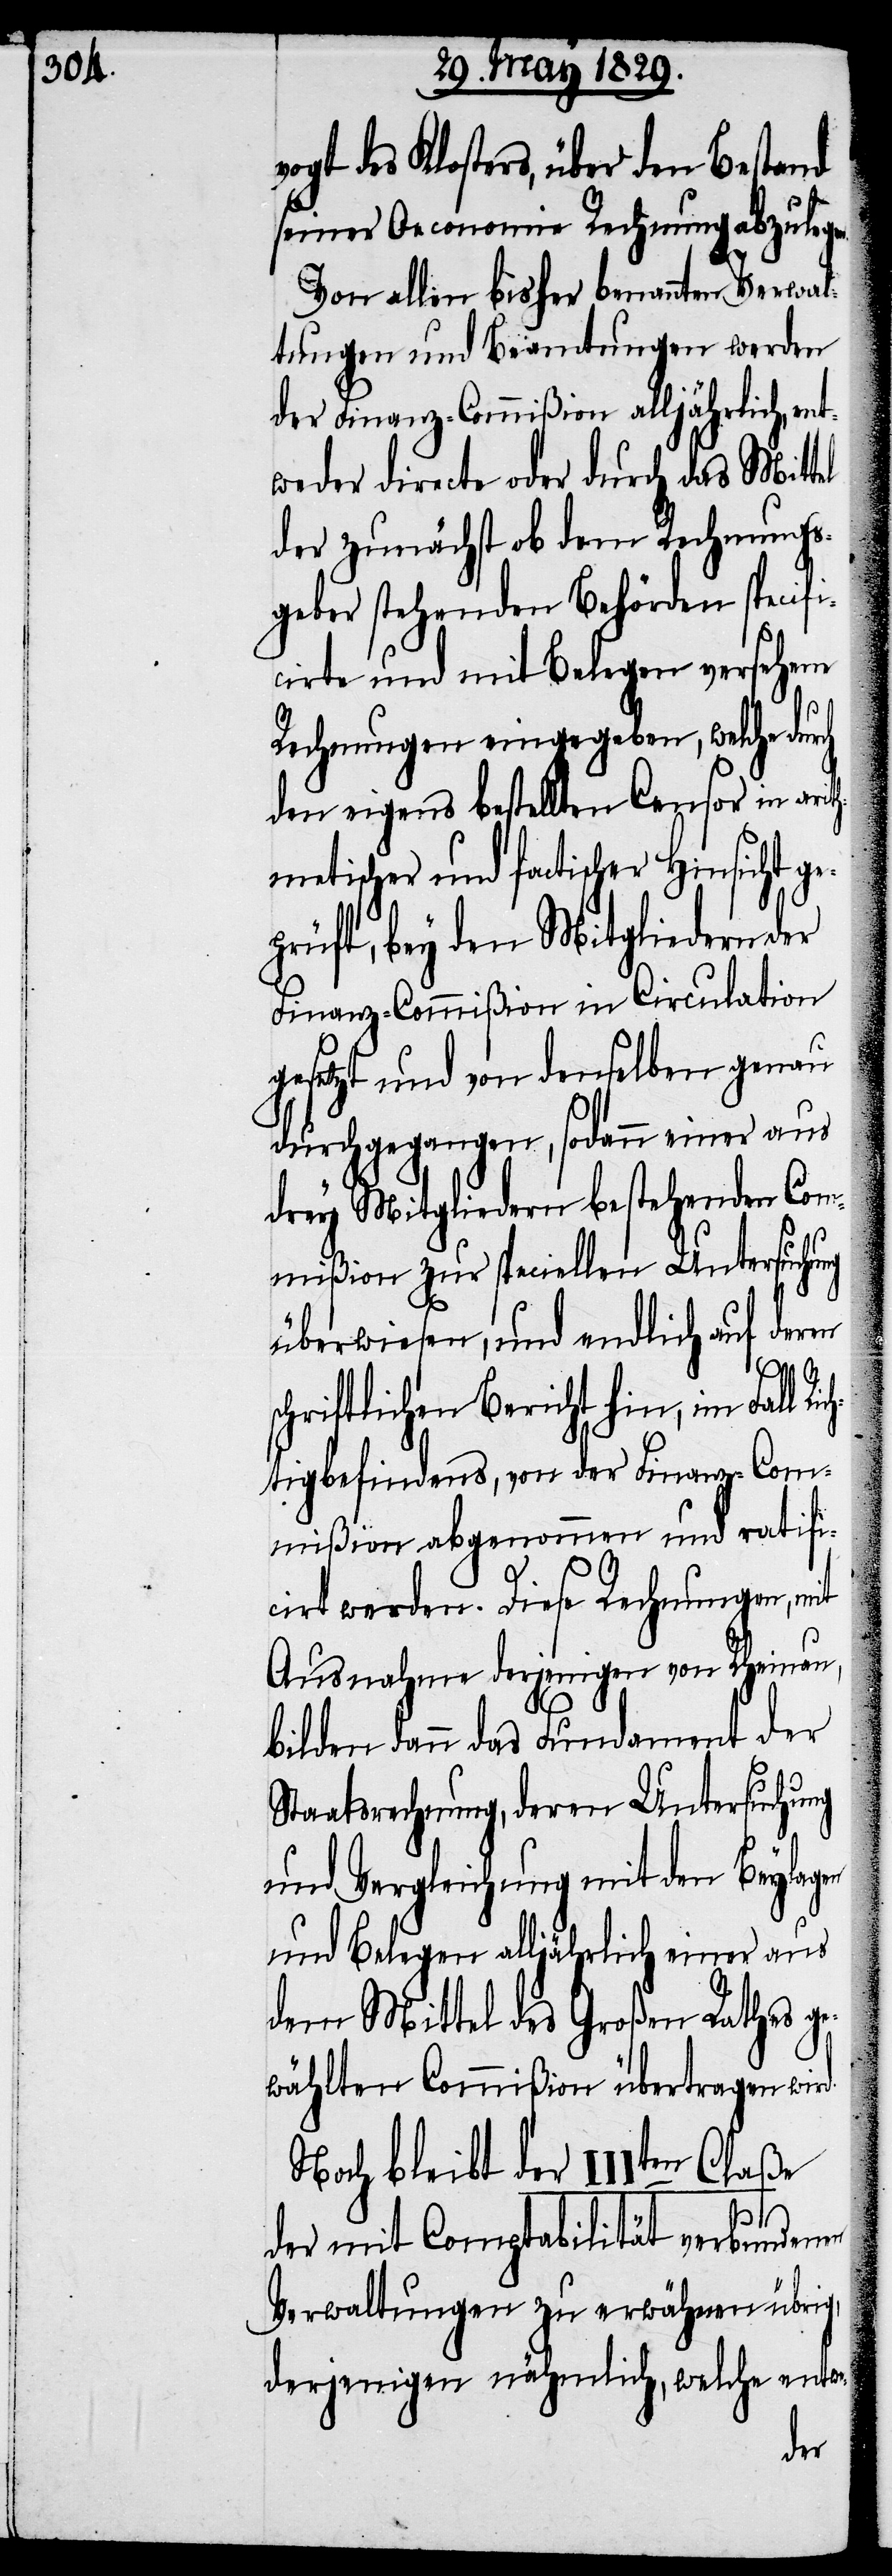
ogt des Klosters, über den Bestand
seiner Oeconomischen Rechnung abzulege¬
d.
Von allen bisher genannten Verwal¬
tungen und Beamtungen werden
der Finanz-Commißion alljährlich, ent¬
weder directe oder durch das Mittel
der zunächst ob dem Rechungs¬
geber stehenden Behörde specifi¬
cirte und mit Belegen versehene
Rechnungen eingegeben, welche durch
den eigens bestellten Censor in arit¬
hmetischer und factischer Hinsicht ge¬
prüft, bey den Mitgliedern
Finanz-Commißion in Circulation
gesetzt und von denselben genau
durchgegangen, sodann einer aus
drey Mitgliedern bestehenden Com¬
mißion zur speciellen Untersuchung
überwiesen, und endlich auf deren
schriftlichen Bericht hin, im Fall Ri¬
chtigbefindens, von der Finanz-Com¬
mißion abgenommen und ratifi¬
cirt werden. Diese Rechnungen, mit
Ausnahme derjenigen von Rheinau,
bilden dann das Fundament der
Staatsrechnung, deren Untersuchung
und Vergleichung mit den Beylagen
und Belegen alljährlich einer aus
dem Mittel des Großen Rathes ge¬
wählten Commißion übertragen wir¬
Noch bleibt der IIIten Claße
der mit Comptabilität verbundenen
Verwaltungen zu erwähnen übrig,
derjenigen nähmlich , welche entwe-
der